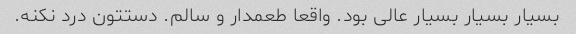
بسیار بسیار بسیار عالی بود. واقعا طعمدار و سالم. دستتون درد نکنه.